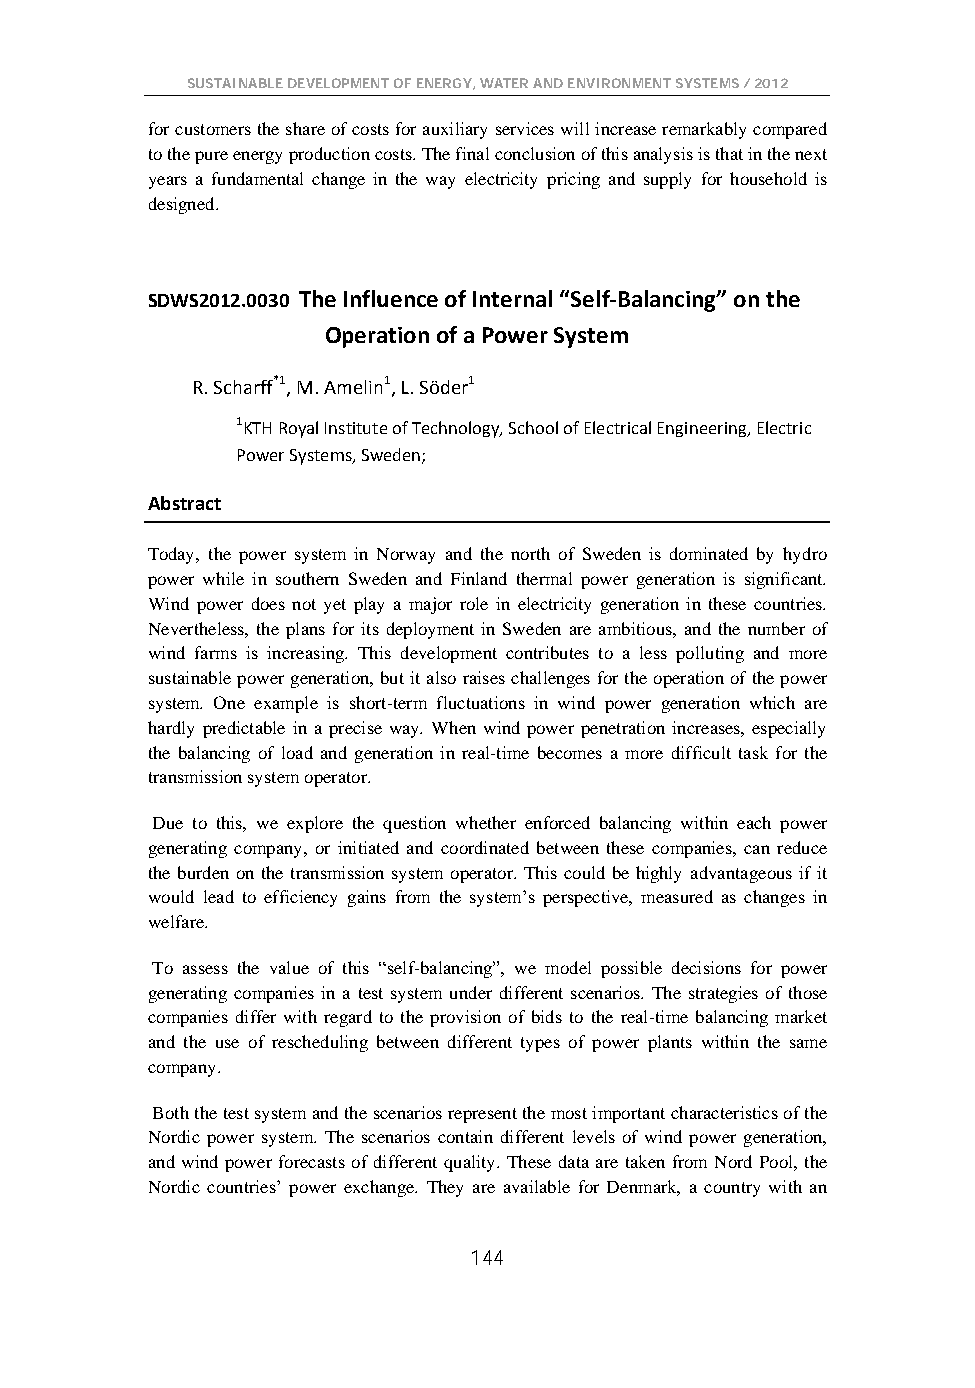
SUSTAINABLE DEVELOPMENT OF ENERGY, WATER AND ENVIRONMENT SYSTEMS / 2012
 for customers the share of costs for auxiliary services will increase remarkably compared
 to the pure energy production costs. The final conclusion of this analysis is that in the next
 years a fundamental change in the way electricity pricing and supply for household is
 designed.
 SDWS2012.0030 The Influence of Internal “Self-Balancing” on the
 Operation of a Power System
 R. Scharff*1, M. Amelin1, L. Söder1
 1KTH Royal Institute of Technology, School of Electrical Engineering, Electric
 Power Systems, Sweden;
 Abstract
 Today, the power system in Norway and the north of Sweden is dominated by hydro
 power while in southern Sweden and Finland thermal power generation is significant.
 Wind power does not yet play a major role in electricity generation in these countries.
 Nevertheless, the plans for its deployment in Sweden are ambitious, and the number of
 wind farms is increasing. This development contributes to a less polluting and more
 sustainable power generation, but it also raises challenges for the operation of the power
 system. One example is short-term fluctuations in wind power generation which are
 hardly predictable in a precise way. When wind power penetration increases, especially
 the balancing of load and generation in real-time becomes a more difficult task for the
 transmission system operator.
 Due to this, we explore the question whether enforced balancing within each power
 generating company, or initiated and coordinated between these companies, can reduce
 the burden on the transmission system operator. This could be highly advantageous if it
 would lead to efficiency gains from the system’s perspective, measured as changes in
 welfare.
 To assess the value of this “self-balancing”, we model possible decisions for power
 generating companies in a test system under different scenarios. The strategies of those
 companies differ with regard to the provision of bids to the real-time balancing market
 and the use of rescheduling between different types of power plants within the same
 company.
 Both the test system and the scenarios represent the most important characteristics of the
 Nordic power system. The scenarios contain different levels of wind power generation,
 and wind power forecasts of different quality. These data are taken from Nord Pool, the
 Nordic countries’ power exchange. They are available for Denmark, a country with an
 144